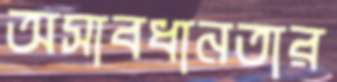
অসাবধানতার